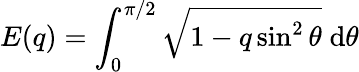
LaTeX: E(q)=\int_{0}^{\pi/2}\sqrt{1-q\sin^{2}{\theta}}\; \mathrm{d}\theta